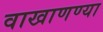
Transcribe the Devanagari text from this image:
वाखाणण्या